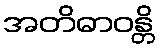
အတိဓာဝန္တိ